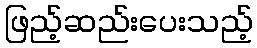
ဖြည့်ဆည်းပေးသည့်